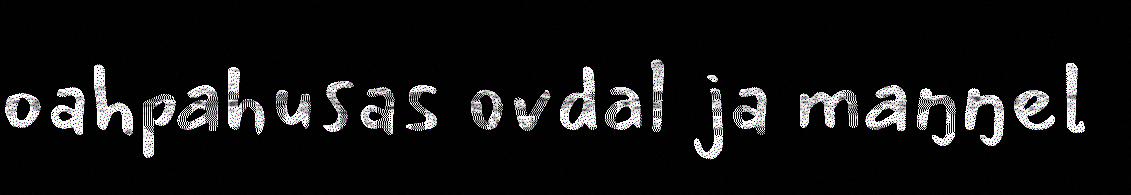
oahpahusas ovdal ja maŋŋel